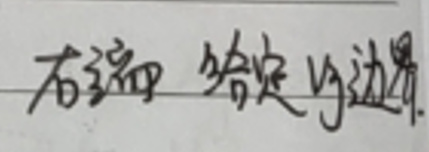
右端 给定的边界.